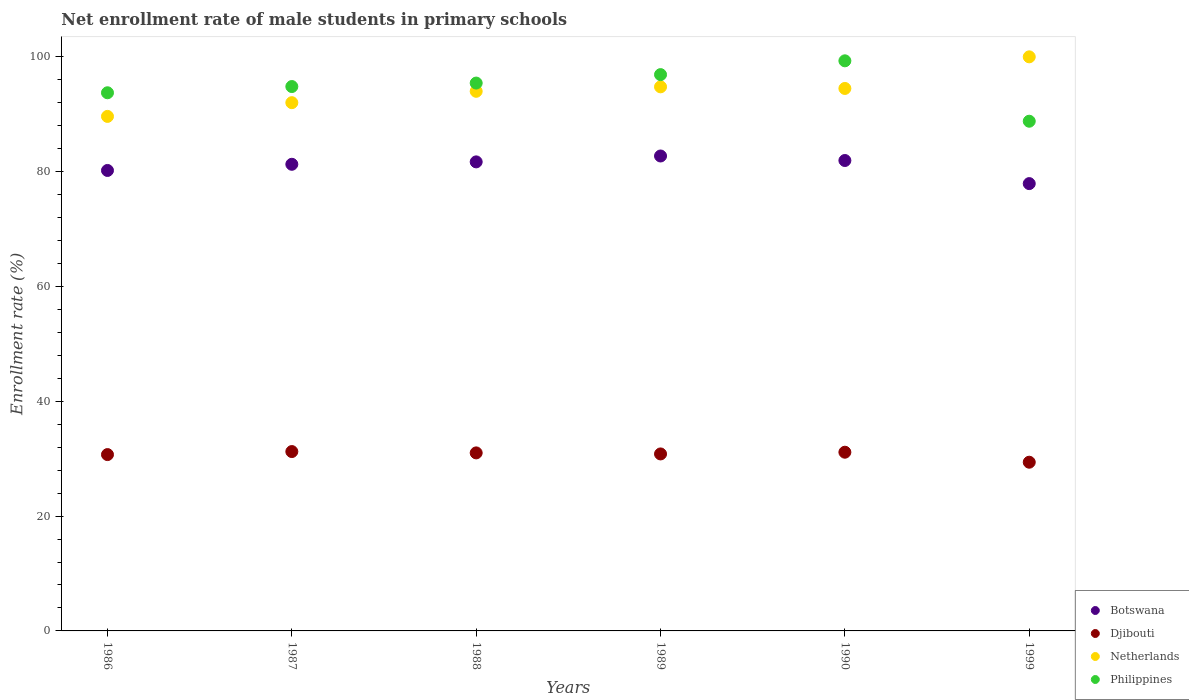
| Years | Botswana | Djibouti | Netherlands | Philippines |
 | --- | --- | --- | --- | --- |
 | 1986 | 80.2 | 30.7 | 89.6 | 93.7 |
 | 1987 | 81.3 | 31.2 | 92 | 94.8 |
 | 1988 | 81.7 | 31 | 94 | 95.4 |
 | 1989 | 82.7 | 30.8 | 94.8 | 96.9 |
 | 1990 | 81.9 | 31.1 | 94.5 | 99.3 |
 | 1999 | 77.9 | 29.4 | 100 | 88.8 |